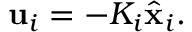
\mathbf { u } _ { i } = - K _ { i } { \hat { \mathbf { x } } } _ { i } .